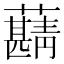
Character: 𧃠